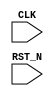
//
// Generated by Bluespec Compiler (build 00185f79)
//
// On Wed Apr  7 19:48:59 IST 2021
//
//
// Ports:
// Name                         I/O  size props
// CLK                            I     1 unused
// RST_N                          I     1 unused
//
// No combinational paths from inputs to outputs
//
//

`ifdef BSV_ASSIGNMENT_DELAY
`else
  `define BSV_ASSIGNMENT_DELAY
`endif

`ifdef BSV_POSITIVE_RESET
  `define BSV_RESET_VALUE 1'b1
  `define BSV_RESET_EDGE posedge
`else
  `define BSV_RESET_VALUE 1'b0
  `define BSV_RESET_EDGE negedge
`endif

module hi(CLK,
	  RST_N);
  input  CLK;
  input  RST_N;

  // handling of system tasks

  // synopsys translate_off
  always@(negedge CLK)
  begin
    #0;
    $display("hi");
    $finish(32'd0);
  end
  // synopsys translate_on
endmodule  // hi